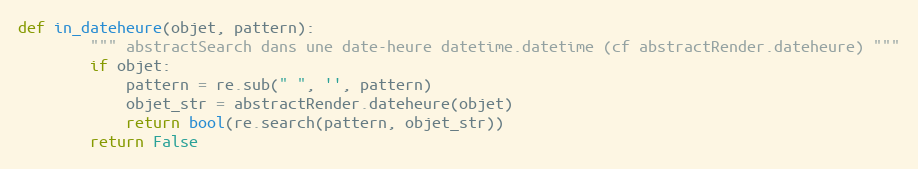
Language: Python
def in_dateheure(objet, pattern):
        """ abstractSearch dans une date-heure datetime.datetime (cf abstractRender.dateheure) """
        if objet:
            pattern = re.sub(" ", '', pattern)
            objet_str = abstractRender.dateheure(objet)
            return bool(re.search(pattern, objet_str))
        return False